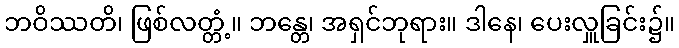
ဘဝိဿတိ၊ ဖြစ်လတ္တံ့။ ဘန္တေ၊ အရှင်ဘုရား။ ဒါနေ၊ ပေးလှူခြင်း၌။